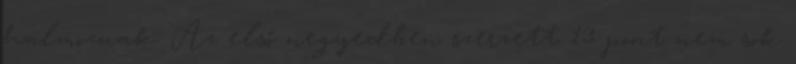
halmoznak. Az első negyedben szerzett 13 pont nem sok